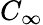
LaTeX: C_{\infty}